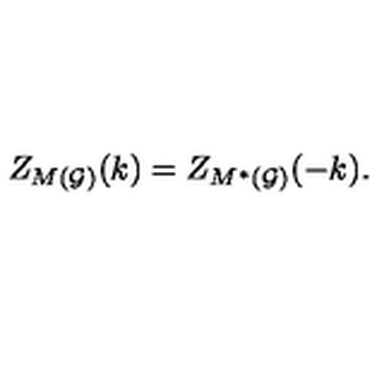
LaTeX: Z _ { M ( { \cal G ) } } ( k ) = Z _ { M ^ { * } ( { \cal G ) } } ( - k ) .